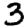
Digit: 3